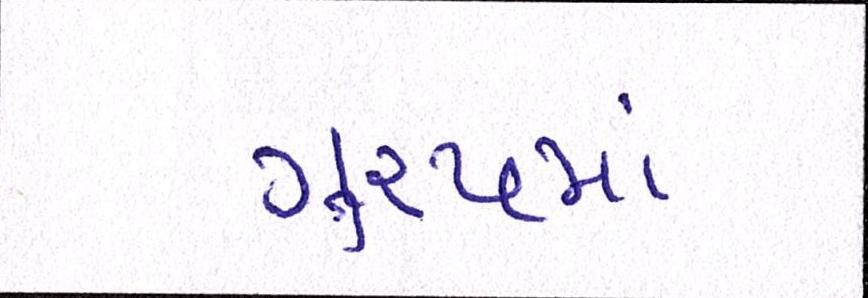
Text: ગુ્રપમાં